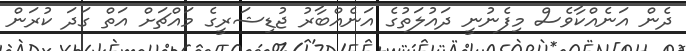
ދެން އަނެއްކާވެސް މިފެނުނީ ދައުލަތުގެ އަނެއްބާރު ޖުޑިޝަރީގެ މައްޗަށް އަތް ގަދަ ކުރަން